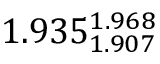
1 . 9 3 5 _ { 1 . 9 0 7 } ^ { 1 . 9 6 8 }